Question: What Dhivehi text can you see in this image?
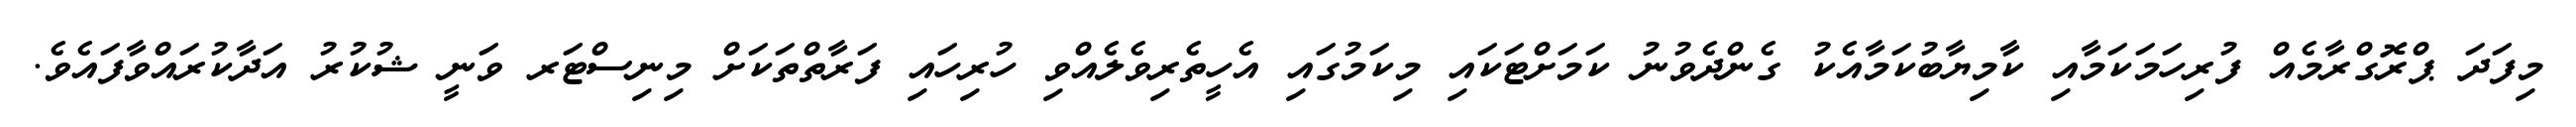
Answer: މިފަދަ ޕްރޮގްރާމެއް ފުރިހަމަކަމާއި ކާމިޔާބުކަމާއެކު ގެންދެވުނު ކަމަށްޓަކައި މިކަމުގައި އެހީތެރިވެލެއްވި ހުރިހައި ފަރާތްތަކަށް މިނިސްޓަރ ވަނީ ޝުކުރު އަދާކުރައްވާފައެވެ.